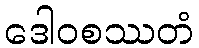
ဒေါဝစဿတံ